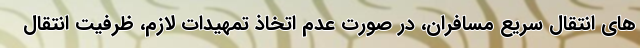
های انتقال سریع مسافران، در صورت عدم اتخاذ تمهیدات لازم، ظرفیت انتقال